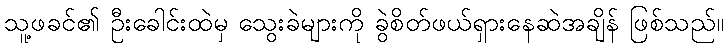
သူ့ဖခင်၏ ဦးခေါင်းထဲမှ သွေးခဲများကို ခွဲစိတ်ဖယ်ရှားနေဆဲအချိန် ဖြစ်သည်။